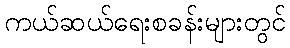
ကယ်ဆယ်ရေးစခန်းများတွင်